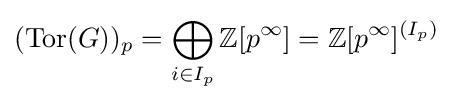
(\mathrm {Tor} (G))_{p}=\bigoplus _{i\in I_{p}}\mathbb {Z} [p^{\infty }]=\mathbb {Z} [p^{\infty }]^{(I_{p})}